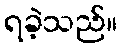
ရခဲ့သည်။